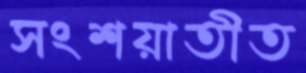
সংশয়াতীত